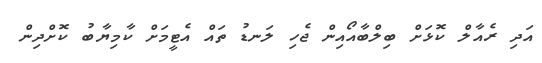
އަދި ރެއާލް ކޮޅަށް ބިލްބާއޯއިން ޖެހި ލަނޑު ތައް އެޓީމަށް ކާމިޔާބު ކޮށްދިން